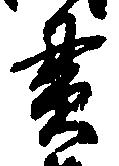
貫